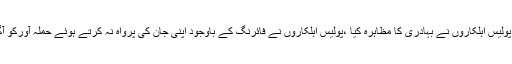
لیکن گیٹ پر تعینات پولیس اہلکاروں نے بہادری کا مظاہرہ کیا ،پولیس اہلکاروں نے فائرنگ کے باوجود اپنی جان کی پرواہ نہ کرتے ہوئے حملہ آورکو آگے جانے سے روکا۔